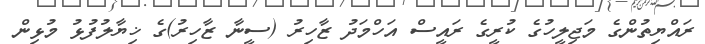
ރައްޔިތުންގެ މަޖިލީހުގެ ކުރީގެ ރައީސް އަހްމަދު ޒާހިރު (ސީނާ ޒާހިރު)ގެ ޚިޔާލުފުޅު މުޅިން